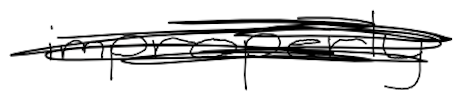
Text: improperly
Cross-out: scratch
Writing tool: digital_black